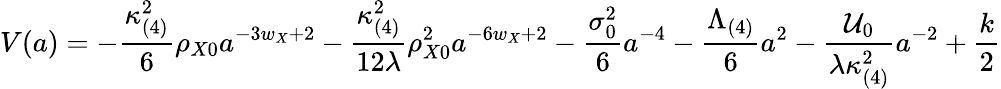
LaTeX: V(a)=-\frac{\kappa_{(4)}^{2}}{6}\rho_{X0}a^{-3w_{X}+2}-\frac{\kappa_{(4)}^{2}}{12\lambda}\rho_{X0}^{2}a^{-6w_{X}+2}-\frac{\sigma_{0}^{2}}{6}a^{-4}-\frac{\Lambda_{(4)}}{6}a^{2}-\frac{{\cal U}_{0}}{\lambda\kappa_{(4)}^{2}}a^{-2}+\frac{k}{2}